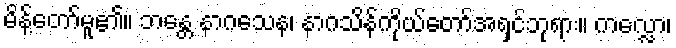
မိန့်တော်မူ၏။ ဘန္တေ နာဂသေန၊ နာဂသိန်ကိုယ်တော်အရှင်ဘုရား။ ကလ္လော၊